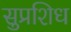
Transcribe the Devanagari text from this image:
सुप्रशिध